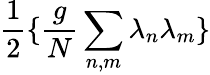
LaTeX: \frac{1}{2}\{ \frac{g}{N}\sum_{n,m}\lambda_{n}\lambda_{m}\}